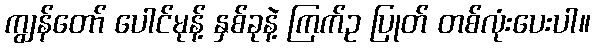
ကျွန်တော် ပေါင်မုန့် နှစ်ခုနဲ့ ကြက်ဥ ပြုတ် တစ်လုံးပေးပါ။